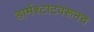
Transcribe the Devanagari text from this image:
डार्मश्टाटवरूनच